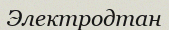
Электродтан